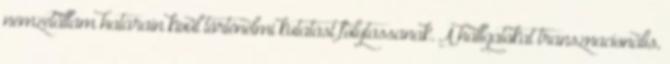
nemzetállam határain kívül történelmi kutatást folytassanak. A hallgatókat transznacionális,